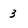
Character: 3